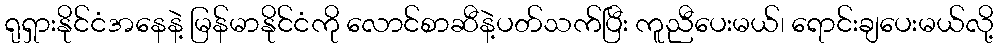
ရုရှားနိုင်ငံအနေနဲ့ မြန်မာနိုင်ငံကို လောင်စာဆီနဲ့ပတ်သက်ပြီး ကူညီပေးမယ်၊ ရောင်းချပေးမယ်လို့